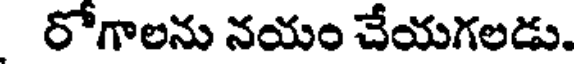
రోగాలను నయం చేయగలడు.